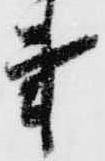
事